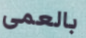
بالعمى